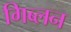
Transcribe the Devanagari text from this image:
गिब्लन